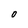
Character: 0